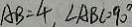
A B = 4 , \angle A B C = 9 0 ^ { \circ }